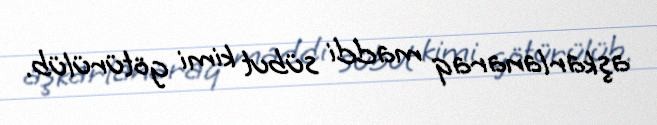
aşkarlanaraq maddi sübut kimi götürülüb.